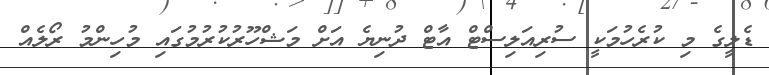
ޑެލީގެ މި ކުރެހުމަކީ ސުރިއަލިސްޓް އާޓް ދުނިޔެ އަށް މަޝްހޫރުކުރުމުގައި މުހިންމު ރޯލެއް